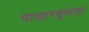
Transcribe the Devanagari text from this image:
बाजारबुणगा